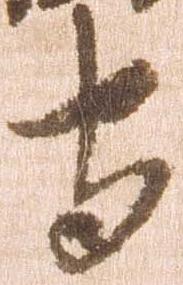
守